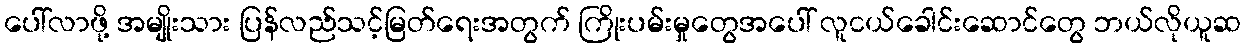
ပေါ်လာဖို့ အမျိုးသား ပြန်လည်သင့်မြတ်ရေးအတွက် ကြိုးပမ်းမှုတွေအပေါ် လူငယ်ခေါင်းဆောင်တွေ ဘယ်လိုယူဆ